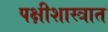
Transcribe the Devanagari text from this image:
पक्षीशास्त्रात